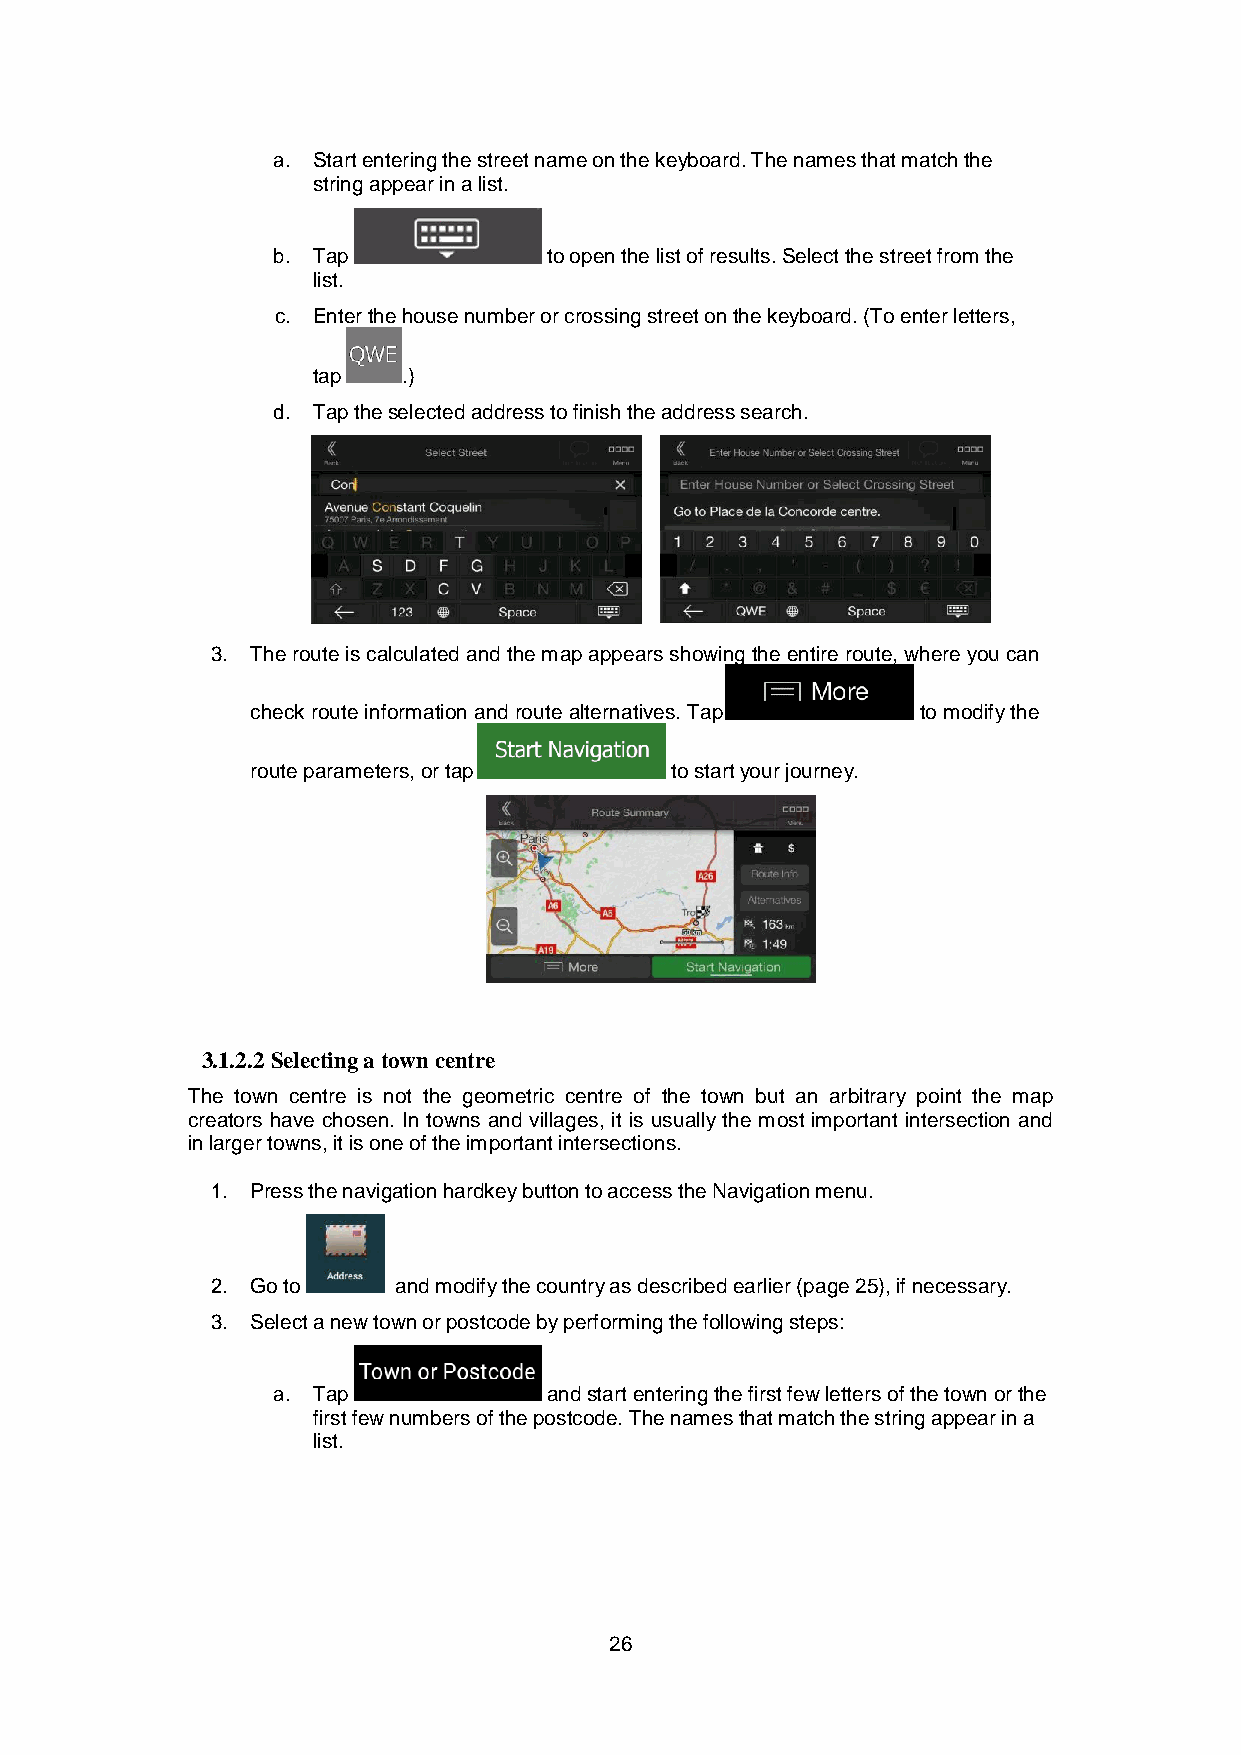
a. Start entering the street name on the keyboard. The names that match the
 string appear in a list.
 b. Tap            to open the list of results. Select the street from the
 list.
 c. Enter the house number or crossing street on the keyboard. (To enter letters,
 tap   .)
 d. Tap the selected address to finish the address search.
 3. The route is calculated and the map appears showing the entire route, where you can
 check route information and route alternatives. Tap to modify the
 route parameters, or tap   to start your journey.
 3.1.2.2 Selecting a town centre
 The town centre is not the geometric centre of the town but an arbitrary point the map
 creators have chosen. In towns and villages, it is usually the most important intersection and
 in larger towns, it is one of the important intersections.
 1. Press the navigation hardkey button to access the Navigation menu.
 2. Go to    and modify the country as described earlier (page 25), if necessary.
 3. Select a new town or postcode by performing the following steps:
 a. Tap            and start entering the first few letters of the town or the
 first few numbers of the postcode. The names that match the string appear in a
 list.
 26